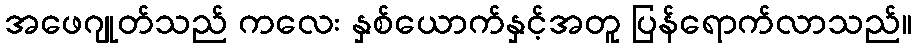
အဖေဂျုတ်သည် ကလေး နှစ်ယောက်နှင့်အတူ ပြန်ရောက်လာသည်။